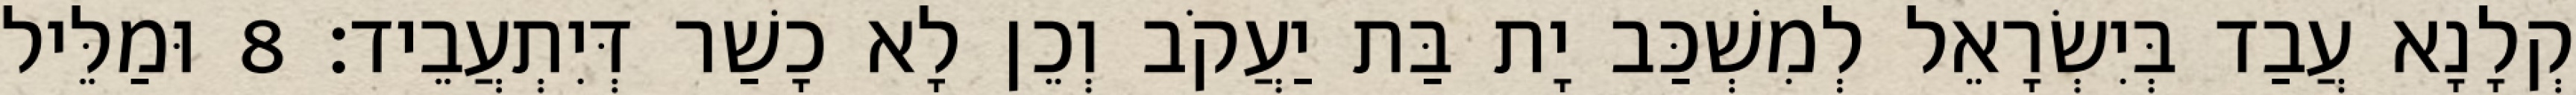
קְלָנָא עֲבַד בְּיִשְׂרָאֵל לְמִשְׁכַּב יָת בַּת יַעֲקֹב וְכֵן לָא כָשַׁר דְּיִתְעֲבֵיד׃ 8 וּמַלֵּיל